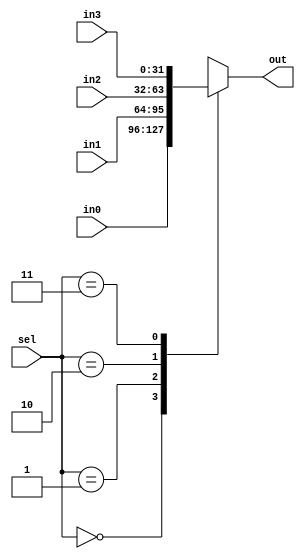
`timescale 1ns / 1ps
//////////////////////////////////////////////////////////////////////////////////
// Company: 
// Engineer: 
// 
// Design Name: 
// Module Name:    SelectMulti 
// Project Name: 
// Target Devices: 
// Tool versions: 
// Description: 
//
// Dependencies: 
//
// Revision: 
// Revision 0.01 - File Created
// Additional Comments: 
//
//////////////////////////////////////////////////////////////////////////////////
module SelectMulti(
	input [31:0] in0,
	input [31:0] in1,
	input [31:0] in2,
	input [31:0] in3,
	input [1:0] sel,
	output reg [31:0] out
    );
	always @ (*) 
		case (sel) 
			2'b00: out = in0;
			2'b01: out = in1;
			2'b10: out = in2;
			2'b11: out = in3;
		endcase
endmodule